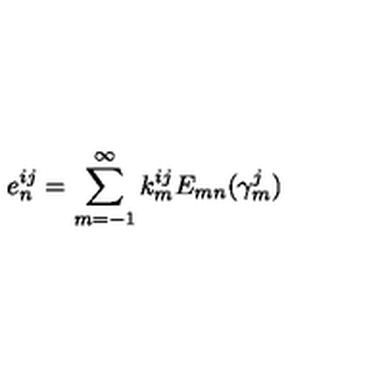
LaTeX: e _ { n } ^ { i j } = \sum _ { m = - 1 } ^ { \infty } k _ { m } ^ { i j } E _ { m n } ( \gamma _ { m } ^ { j } )